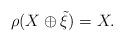
LaTeX: \begin{align*}\rho(X\oplus \tilde{\xi})=X.\end{align*}